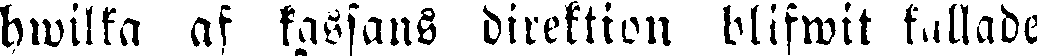
hwilka af kassans direktion blifwit kallade